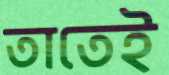
তাতেই